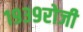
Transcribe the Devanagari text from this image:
१९३९रोजी